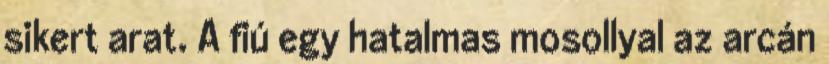
sikert arat. A fiú egy hatalmas mosollyal az arcán